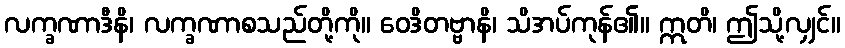
လက္ခဏာဒီနိ၊ လက္ခဏာစသည်တို့ကို။ ဝေဒိတဗ္ဗာနိ၊ သိအပ်ကုန်၏။ ဣတိ၊ ဤသို့လျှင်။